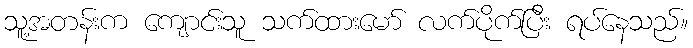
သူ့အတန်းက ကျောင်းသူ သက်ထားမော် လက်ပိုက်ပြီး ရပ်နေသည်။